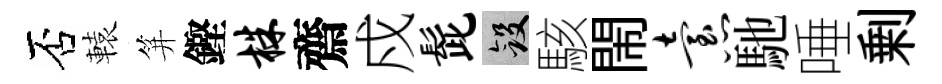
否轅笄鏗株齋戍髭斂駭閙怠馳唾剰